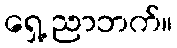
ရှေ့ ညာဘက်။